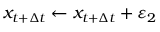
x _ { t + \Delta t } \gets x _ { t + \Delta t } + \varepsilon _ { 2 }